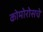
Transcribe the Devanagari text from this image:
कोमोरोसचे